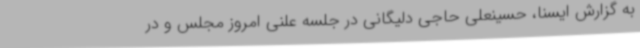
به گزارش ایسنا، حسینعلی حاجی دلیگانی در جلسه علنی امروز مجلس و در